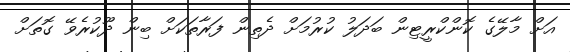
އަށް މާލޭގެ ކޮންކްރީޓިން ބަދަލު ކުރުމަށް ދެތިން ފަރާތަކަށް ބިން ދޫކުރެވޭ ގޮތަށް